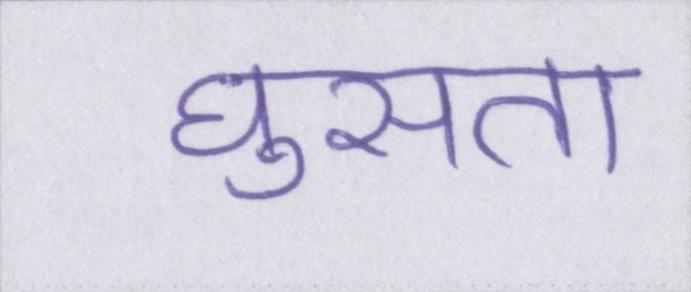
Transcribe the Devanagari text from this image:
घुसता